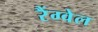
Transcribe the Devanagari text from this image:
रैंग्वेल